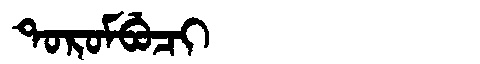
Manchu: ᡨᠣᡵᠣᠮᠪᡠᠴᡳ
Romanization: TOROMBUCI